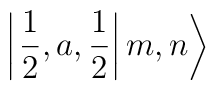
\left| \left. \frac{1}{2},a,\frac{1}{2}\right| m,n\right\rangle